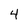
Character: 4